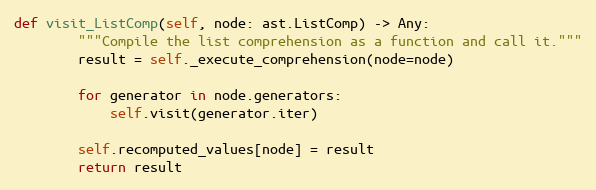
Language: Python
def visit_ListComp(self, node: ast.ListComp) -> Any:
        """Compile the list comprehension as a function and call it."""
        result = self._execute_comprehension(node=node)

        for generator in node.generators:
            self.visit(generator.iter)

        self.recomputed_values[node] = result
        return result